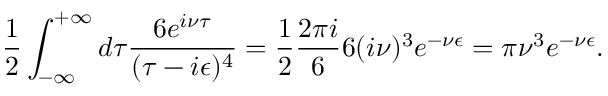
\frac { 1 } { 2 } \int _ { - \infty } ^ { + \infty } d \tau \frac { 6 e ^ { i \nu \tau } } { ( \tau - i \epsilon ) ^ { 4 } } = \frac { 1 } { 2 } \frac { 2 \pi i } { 6 } 6 ( i \nu ) ^ { 3 } e ^ { - \nu \epsilon } = \pi \nu ^ { 3 } e ^ { - \nu \epsilon } .